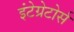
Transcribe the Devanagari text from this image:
इंटेग्रेटोर्स